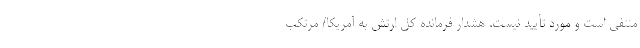
منتفی است و مورد تأیید نیست. هشدار فرمانده کل ارتش به آمریکا/ مرتکب